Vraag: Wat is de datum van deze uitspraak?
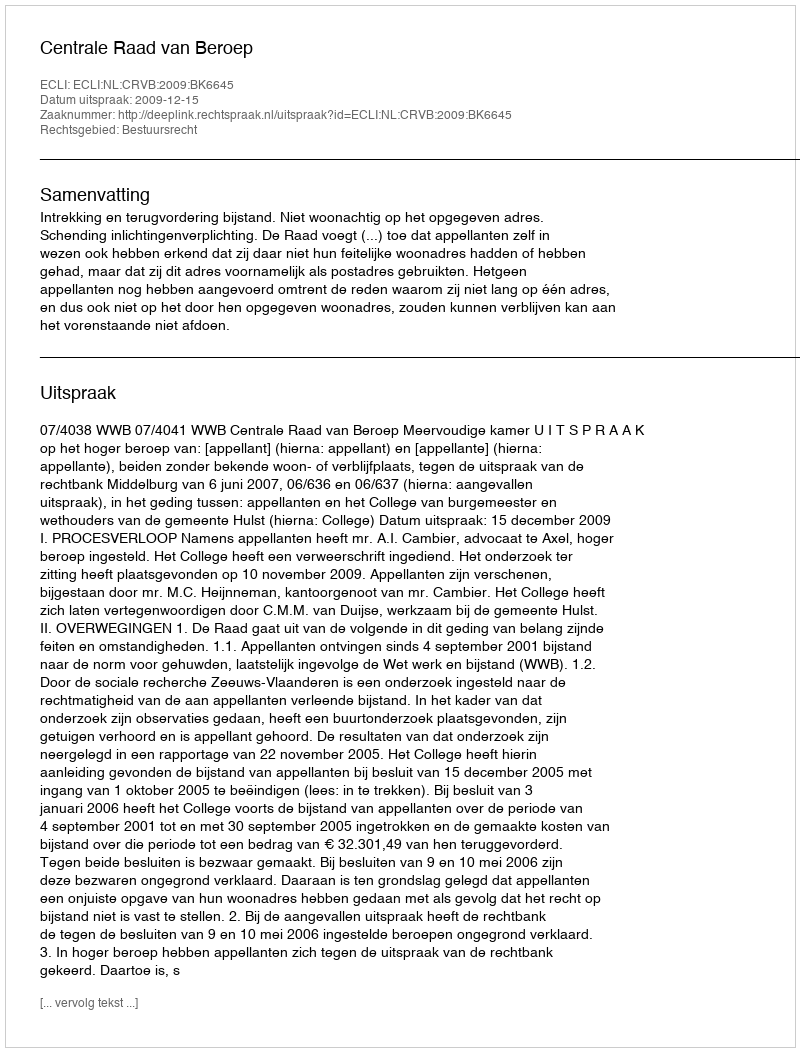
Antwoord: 2009-12-15